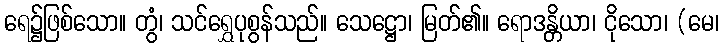
ရေ၌ဖြစ်သော။ တွံ၊ သင်ရွှေပုစွန်သည်။ သေဋ္ဌော၊ မြတ်၏။ ရောဒန္တိယာ၊ ငိုသော၊ (မေ၊